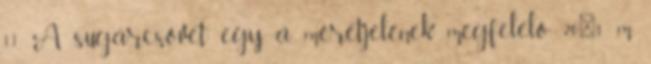
1.1. A sugárcsövet egy, a méretjelének megfelelõ 201 m